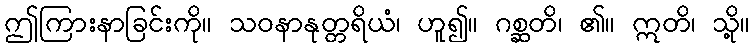
ဤကြားနာခြင်းကို။ သဝနာနုတ္တရိယံ၊ ဟူ၍။ ဂစ္ဆတိ၊ ၏။ ဣတိ၊ သို့။